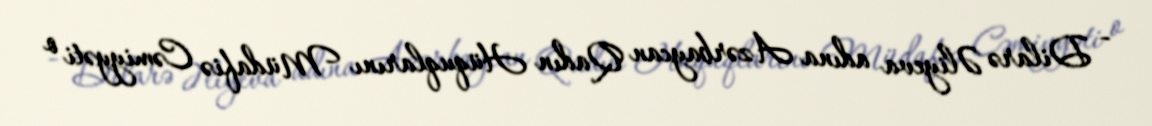
- Dilarə Əliyeva adına Azərbaycan Qadın Hüquqlarını Müdafiə Cəmiyyəti o